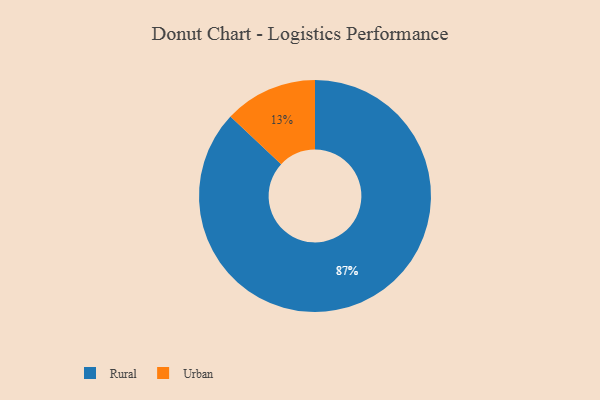
{"axis": {"x": "Category", "y": "Percentage"}, "legend": ["Rural", "Urban"], "data": [{"x": "Urban", "y": 13, "type": "Urban"}, {"x": "Rural", "y": 87, "type": "Rural"}]}